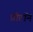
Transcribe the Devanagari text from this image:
प्रौटॉन